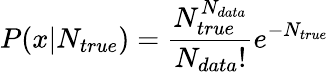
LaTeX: P(x|N_{true})=\frac{N_{true}^{N_{data}}}{N_{data}!}e^{-N_{true}}